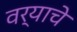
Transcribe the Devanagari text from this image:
वर्‍याचे